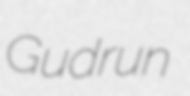
Gudrun